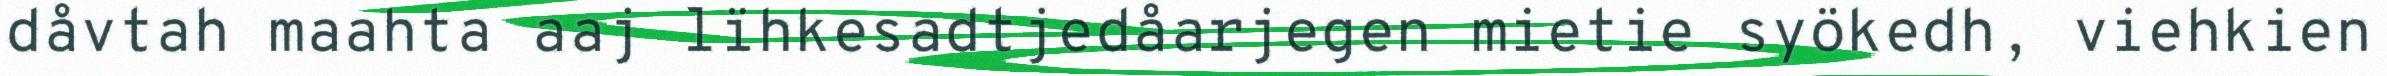
dåvtah maahta aaj lïhkesadtjedåarjegen mietie syökedh, viehkien